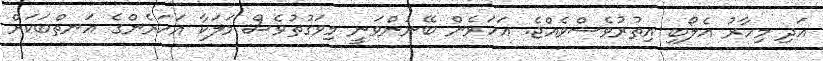
އަދި މިހާރު އެލޯބި އިތުރުވެސްވެއްޖެ. އަހަރެން ބޭނުންވަނީ މިވަގުތުވެސް މަލަކާ އަހަރެންގެ އަނތްބަކަށް